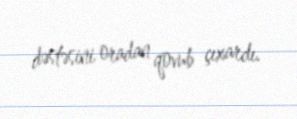
dəstəsini oradan qovub çıxardı.